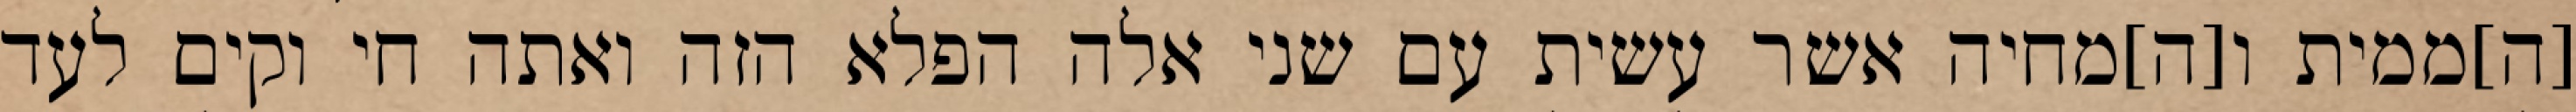
[ה]ממית ו[ה]מחיה אשר עשית עם שני אלה הפלא הזה ואתה חי וקים לעד